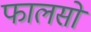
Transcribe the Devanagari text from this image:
फालसों